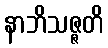
နာဘိသဇ္ဇတိ